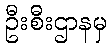
ဦးစီးဌာနမှ